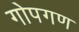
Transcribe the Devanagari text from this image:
गोपगण